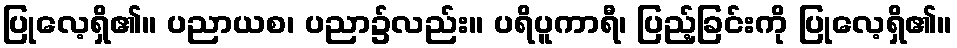
ပြုလေ့ရှိ၏။ ပညာယစ၊ ပညာ၌လည်း။ ပရိပူကာရီ၊ ပြည့်ခြင်းကို ပြုလေ့ရှိ၏။